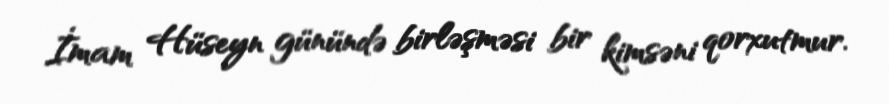
İmam Hüseyn günündə birləşməsi bir kimsəni qorxutmur.